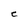
Character: e